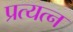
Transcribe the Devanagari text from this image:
प्रत्यत्न